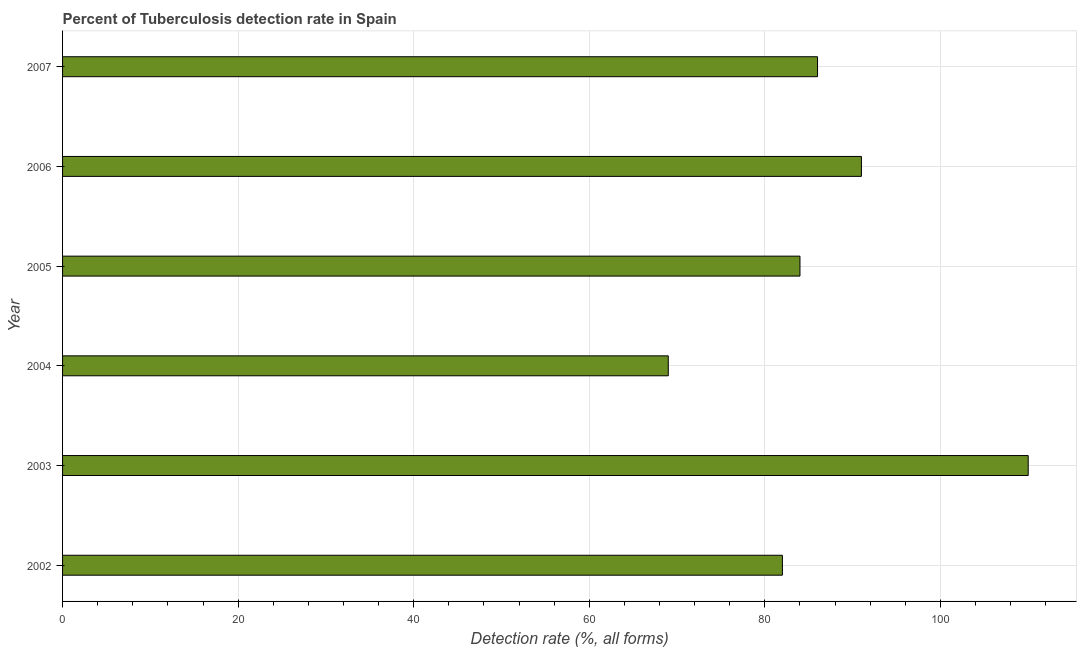
| Year | Tuberculosis case detection rate |
 | --- | --- |
 | 2002 | 82 |
 | 2003 | 110 |
 | 2004 | 69 |
 | 2005 | 84 |
 | 2006 | 91 |
 | 2007 | 86 |